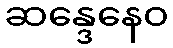
ဆန္ဒေနေဝ